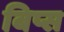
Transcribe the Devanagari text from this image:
बिप्स